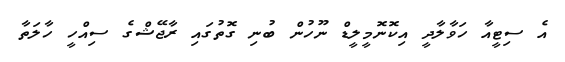
އެ ސިޓީއާ ހަވާލާދީ އިކޮނޮމީލީޑް ނޫހުން ބުނި ގޮތުގައި ރާޖޭޝްގެ ސިއްހީ ހާލަތާ